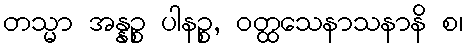
တသ္မာ အန္နဉ္စ ပါနဉ္စ, ဝတ္ထသေနာသနာနိ စ၊